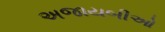
અજાયબીઓ